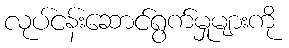
လုပ်ငန်းဆောင်ရွက်မှုများကို